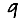
Digit: 9